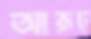
আরূঢ়